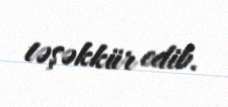
təşəkkür edib.